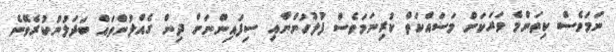
ނަމަވެސް ކިތަންމެ ވަރަކަށް މަސައްކަތް ކުރިނަމަވެސް ފުލުހުންނާއި ސިފައިންނަށް ދިން ގެއްލުންތައް ބަދަލުނުކުރެވޭނެ